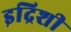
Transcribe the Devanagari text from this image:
इद्रिशी